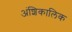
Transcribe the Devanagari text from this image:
अंशिकालिक